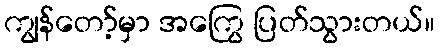
ကျွန်တော့်မှာ အကြွေ ပြတ်သွားတယ်။